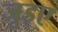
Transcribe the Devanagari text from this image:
जुइए